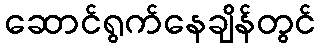
ဆောင်ရွက်နေချိန်တွင်